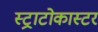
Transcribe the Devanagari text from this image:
स्ट्राटोकास्टर